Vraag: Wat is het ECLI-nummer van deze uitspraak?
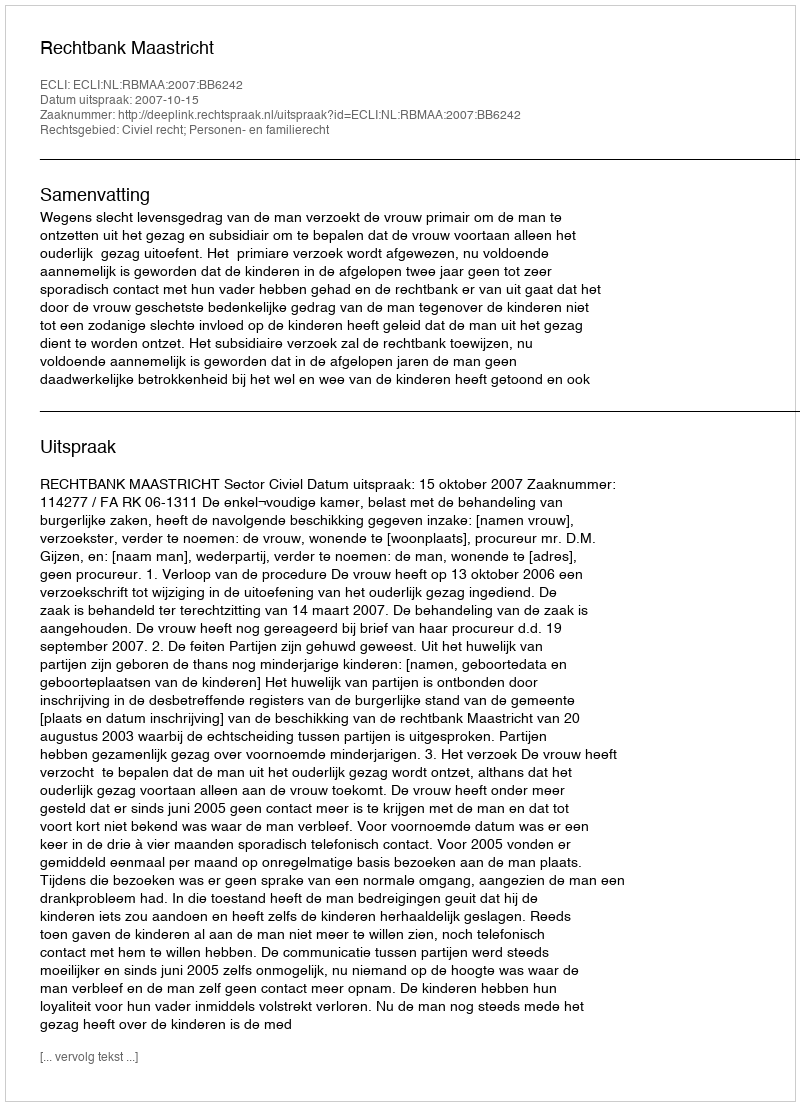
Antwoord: ECLI:NL:RBMAA:2007:BB6242